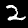
Label: 2